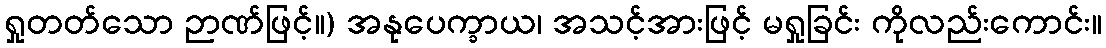
ရှုတတ်သော ဉာဏ်ဖြင့်။) အနုပေက္ခာယ၊ အသင့်အားဖြင့် မရှုခြင်း ကိုလည်းကောင်း။